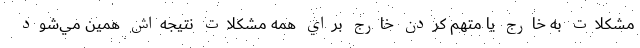
مشكلات به خارج يا متهم كردن خارج براي همه مشكلات نتيجه‌اش همين مي‌شود